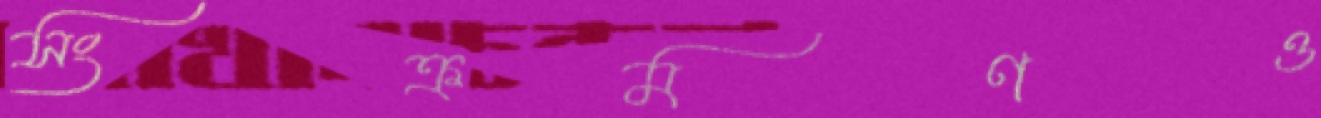
সংক্রমণও